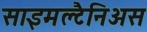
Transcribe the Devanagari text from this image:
साइमल्टैनिअस